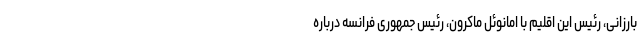
بارزانی، رئیس این اقلیم با امانوئل ماکرون، رئیس جمهوری فرانسه درباره